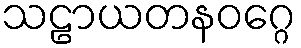
သဠာယတနဝဂ္ဂေ